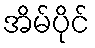
အိမ်ပိုင်